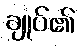
ချုပ်၏